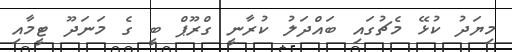
މިޔަދު ކުޅޭ މެޗުގައި ބައްދަލު ކުރާނީ ގްރޫޕް ބީ ގެ މަނަދޫ ޓީމާއި